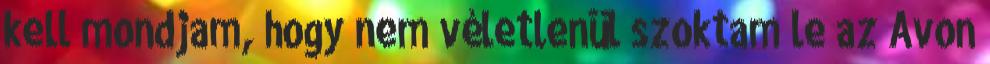
kell mondjam, hogy nem véletlenül szoktam le az Avon